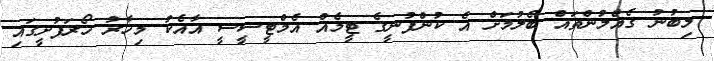
ލިބުނު ގެއްލުންތައް ބެލުމަށް އެ ކުންފުނީގެ ޓީމެއް އެމްޓީސީސީ އާއެކު މިހާރު ހޯރަފުށީގައި